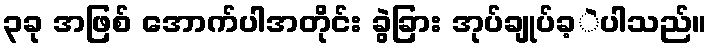
၃ခု အဖြစ် အောက်ပါအတိုင်း ခွဲခြား အုပ်ချုပ်ခ့ဲပါသည်။